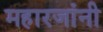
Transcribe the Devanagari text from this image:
महारजांनी